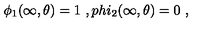
\phi _ { 1 } ( \infty , \theta ) = 1 \ , p h i _ { 2 } ( \infty , \theta ) = 0 \ ,